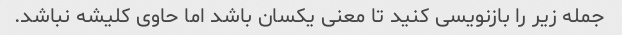
جمله زیر را بازنویسی کنید تا معنی یکسان باشد اما حاوی کلیشه نباشد.